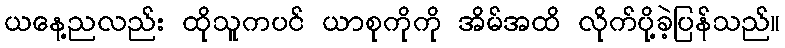
ယနေ့ညလည်း ထိုသူကပင် ယာစုကိုကို အိမ်အထိ လိုက်ပို့ခဲ့ပြန်သည်။